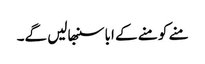
منے کو منے کے ابا سنبھالیں گے۔